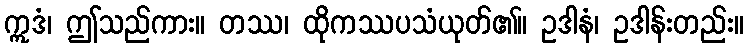
ဣဒံ၊ ဤသည်ကား။ တဿ၊ ထိုကဿပသံယုတ်၏။ ဥဒါနံ၊ ဥဒါန်းတည်း။